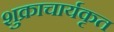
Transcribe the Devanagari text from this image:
शुक्राचार्यकृत